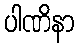
ပါဏိနာ